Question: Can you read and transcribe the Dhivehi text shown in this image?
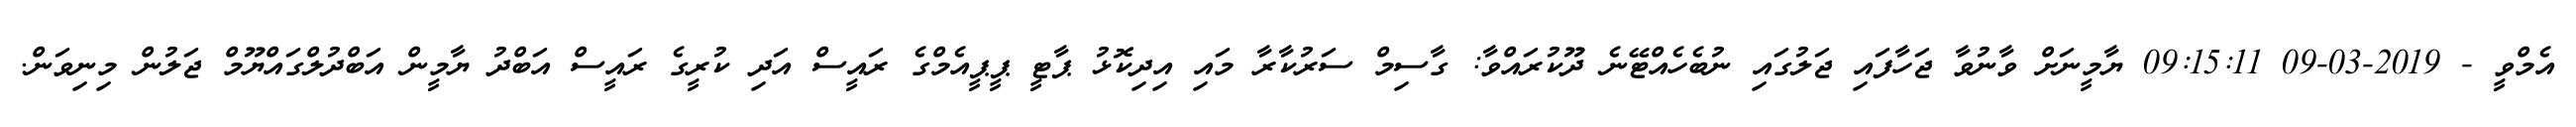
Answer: އެމްވީ - 2019-03-09 09:15:11 ޔާމީނަށް ވާނުވާ ޖަހާފައި ޖަލުގައި ނުބެހެއްޓޭނެ ދޫކުރައްވާ: ގާސިމް ސަރުކާރާ މައި އިދިކޮޅު ޕާޓީ ޕީޕީއެމްގެ ރައީސް އަދި ކުރީގެ ރައީސް އަބްދު ޔާމީން އަބްދުލްގައްޔޫމް ޖަލުން މިނިވަން.